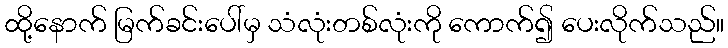
ထို့နောက် မြက်ခင်းပေါ်မှ သံလုံးတစ်လုံးကို ကောက်၍ ပေးလိုက်သည်။